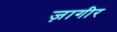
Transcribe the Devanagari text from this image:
ज़ागीर